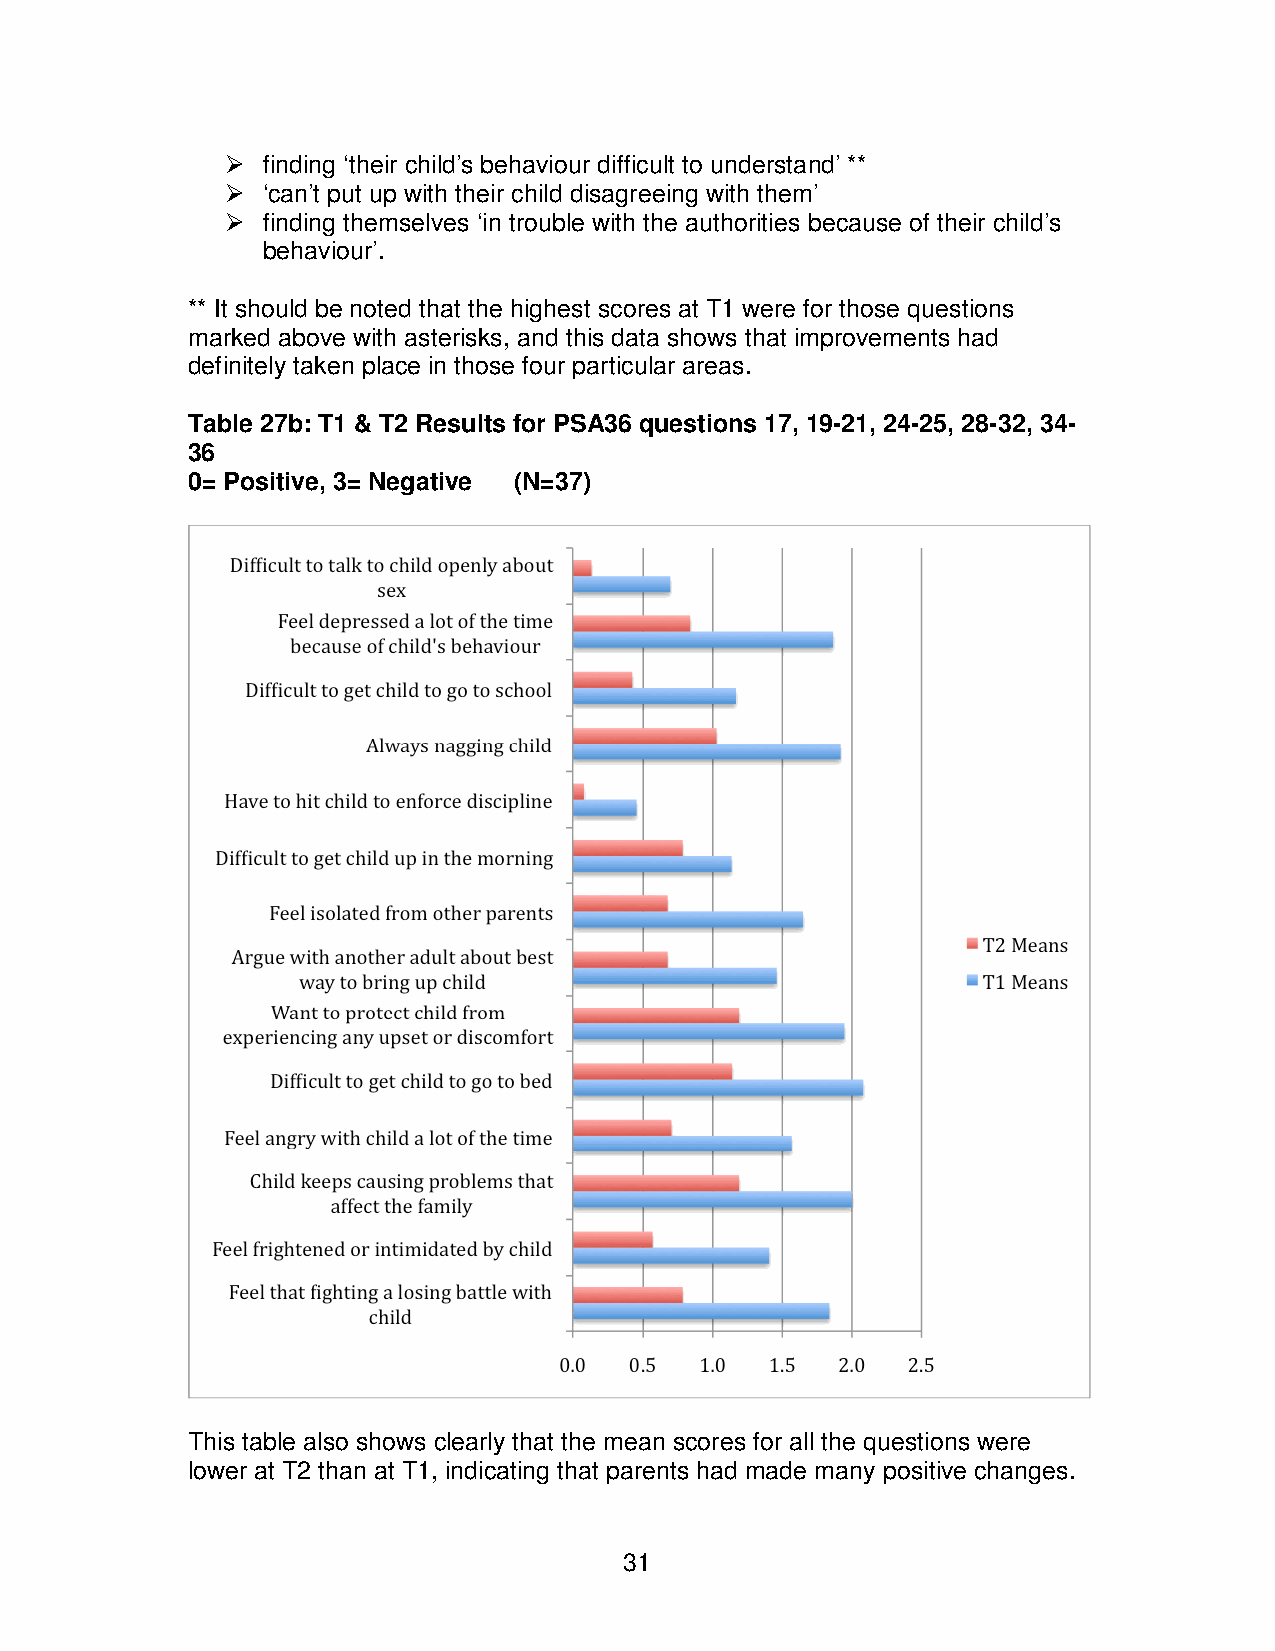
 finding ‘their child’s behaviour difficult to understand’ **
  ‘can’t put up with their child disagreeing with them’
  finding themselves ‘in trouble with the authorities because of their child’s
 behaviour’.
 ** It should be noted that the highest scores at T1 were for those questions
 marked above with asterisks, and this data shows that improvements had
 definitely taken place in those four particular areas.
 Table 27b: T1 & T2 Results for PSA36 questions 17, 19-21, 24-25, 28-32, 34-
 36
 0= Positive, 3= Negative (N=37)
 This table also shows clearly that the mean scores for all the questions were
 lower at T2 than at T1, indicating that parents had made many positive changes.
 31